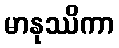
မာနုဿိကာ